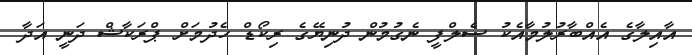
އާއިލާގެ އެއްބާރުލުމާއެކު ސެލްފީ ނެގުމުން ދުނިޔޭގެ ރިކޯޑް ހެދުމަށް ޕްރަކާޝް ދަނީ އަދާ